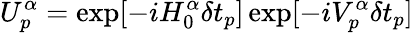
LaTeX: U_{p}^{\alpha}=\exp[-iH_{0}^{\alpha}\delta t_{p}]\exp[-iV_{p}^{\alpha}\delta t_{p}]